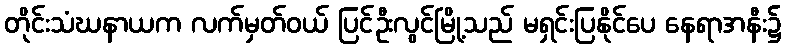
တိုင်းသံဃနာယက လက်မှတ်ဝယ် ပြင်ဦးလွင်မြို့သည် မရှင်းပြနိုင်ပေ နေရာအနီး၌